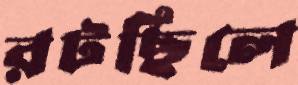
রটছিলে